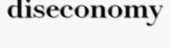
diseconomy